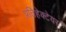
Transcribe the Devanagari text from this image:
प्रतिहेक्टेयर